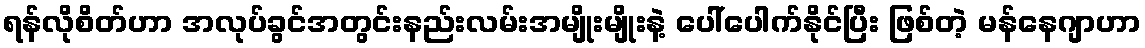
ရန်လိုစိတ်ဟာ အလုပ်ခွင်အတွင်းနည်းလမ်းအမျိုးမျိုးနဲ့ ပေါ်ပေါက်နိုင်ပြီး ဖြစ်တဲ့ မန်နေဂျာဟာ